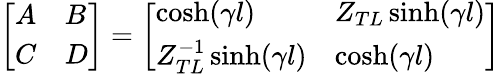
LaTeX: \begin{array}{r}{\left[\begin{array}{ll}{A}&{B}\\ {C}&{D}\end{array}\right]=\left[\begin{array}{ll}{\cosh(\gamma l)}&{Z_{TL}\sinh(\gamma l)}\\ {Z_{TL}^{-1}\sinh(\gamma l)}&{\cosh(\gamma l)}\end{array}\right]}\end{array}